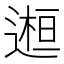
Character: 𨕹